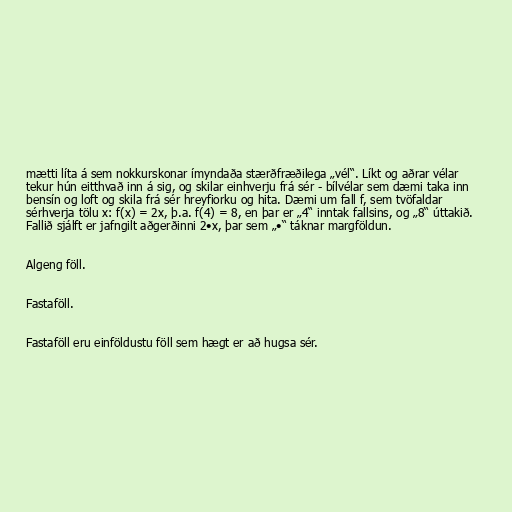
mætti líta á sem nokkurskonar ímyndaða stærðfræðilega „vél“. Líkt og aðrar vélar
tekur hún eitthvað inn á sig, og skilar einhverju frá sér - bílvélar sem dæmi taka inn
bensín og loft og skila frá sér hreyfiorku og hita. Dæmi um fall f, sem tvöfaldar
sérhverja tölu x: f(x) = 2x, þ.a. f(4) = 8, en þar er „4“ inntak fallsins, og „8“ úttakið.
Fallið sjálft er jafngilt aðgerðinni 2•x, þar sem „•“ táknar margföldun.

Algeng föll.

Fastaföll.

Fastaföll eru einföldustu föll sem hægt er að hugsa sér.